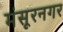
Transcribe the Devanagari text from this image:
मंसूरनगर